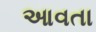
આવતા